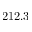
2 1 2 . 3